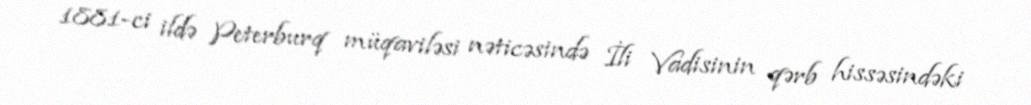
1881-ci ildə Peterburq müqaviləsi nəticəsində İli Vadisinin qərb hissəsindəki